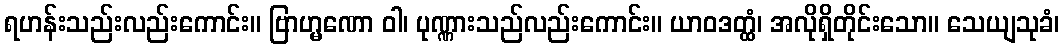
ရဟန်းသည်းလည်းကောင်း။ ဗြာဟ္မဏော ဝါ၊ ပုဏ္ဏားသည်လည်းကောင်း။ ယာဝဒတ္ထံ၊ အလိုရှိတိုင်းသော။ သေယျသုခံ၊